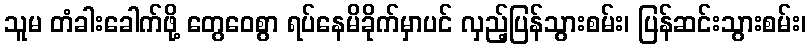
သူမ တံခါးခေါက်ဖို့ တွေဝေစွာ ရပ်နေမိခိုက်မှာပင် လှည့်ပြန်သွားစမ်း၊ ပြန်ဆင်းသွားစမ်း၊